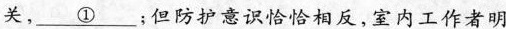
关， \underline{①} ；但防护意识恰恰相反，室内工作者明